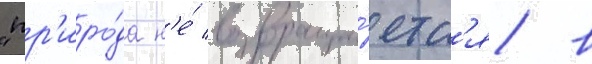
"пр'иро́да н'е́ возвраща́етс'я в